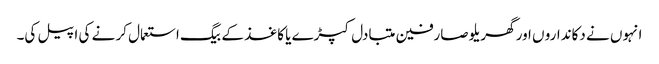
انہوں نے دکاندارو ں اور گھریلو صارفین متبادل کپڑے یا کاغذ کے بیگ استعمال کر نے کی اپیل کی۔